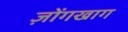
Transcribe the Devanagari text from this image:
ज़ोंगखाग